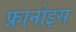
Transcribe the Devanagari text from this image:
फ्रानोइस